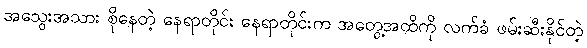
အသွေးအသား စိုနေတဲ့ နေရာတိုင်း နေရာတိုင်းက အတွေ့အထိကို လက်ခံ ဖမ်းဆီးနိုင်တဲ့